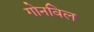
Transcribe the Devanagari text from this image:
गोनविल